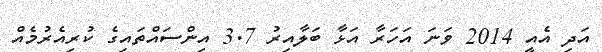
އަދި އެއީ 2014 ވަނަ އަހަރާ އަޅާ ބަލާއިރު 3.7 އިންސައްތައިގެ ކުރިއެރުމެއް